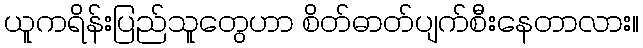
ယူကရိန်းပြည်သူတွေဟာ စိတ်ဓာတ်ပျက်စီးနေတာလား။